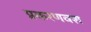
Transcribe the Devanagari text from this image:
प्रकरणवश